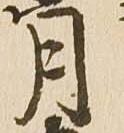
月